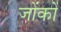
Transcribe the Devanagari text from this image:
जोंकों